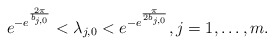
\begin{align*}e^{-e^{\frac{2\pi}{b_{j,0}}}}<\lambda_{j,0}<e^{-e^{\frac{\pi}{2b_{j,0}}}}, j=1,\dots, m.\end{align*}